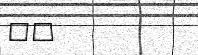
٤٣